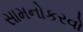
સામનોકરવો